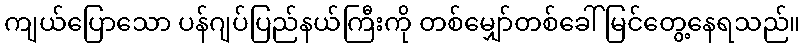
ကျယ်ပြောသော ပန်ဂျပ်ပြည်နယ်ကြီးကို တစ်မျှော်တစ်ခေါ် မြင်တွေ့နေရသည်။